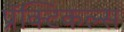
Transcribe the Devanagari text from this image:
प्रॅक्टिकल्स